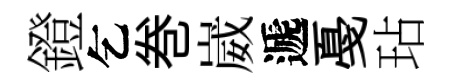
鐙乞巻崴遞戞玷